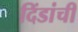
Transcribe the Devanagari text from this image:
दिंडांची